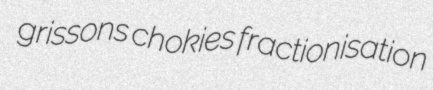
grissons chokies fractionisation